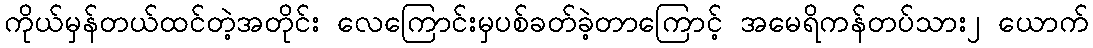
ကိုယ်မှန်တယ်ထင်တဲ့အတိုင်း လေကြောင်းမှပစ်ခတ်ခဲ့တာကြောင့် အမေရိကန်တပ်သား၂ ယောက်